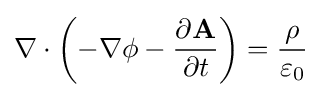
\nabla \cdot \left(-\nabla \phi -{\frac {\partial \mathbf {A} }{\partial t}}\right)={\frac {\rho }{\varepsilon _{0}}}